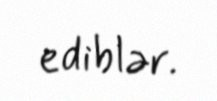
ediblər.